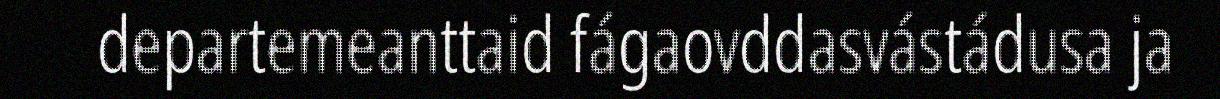
departemeanttaid fágaovddasvástádusa ja